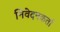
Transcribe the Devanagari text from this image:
निवेदनकर्ता